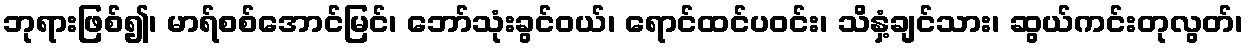
ဘုရားဖြစ်၍၊ မာရ်စစ်အောင်မြင်၊ ဘော်သုံးခွင်ဝယ်၊ ရောင်ထင်ပဝင်း၊ သိနှံ့ချင်သား၊ ဆွယ်ကင်းတုလွတ်၊